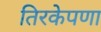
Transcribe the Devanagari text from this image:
तिरकेपणा